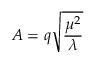
A = q \sqrt { \frac { \mu ^ { 2 } } { \lambda } }